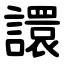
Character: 譞